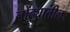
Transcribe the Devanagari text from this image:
लोंढ्यातील